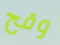
وقح